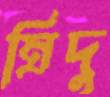
ম্রিদু